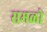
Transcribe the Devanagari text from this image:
समळो